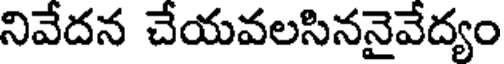
నివేదన చేయవలసిననైవేద్యం